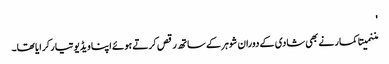
'
مننمیتا کمار نے بھی شادی کے دوران شوہر کے ساتھ رقص کرتے ہوئے اپنا ویڈیو تیار کرایا تھا۔